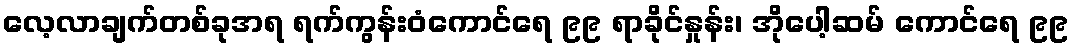
လေ့လာချက်တစ်ခုအရ ရက်ကွန်းဝံကောင်ရေ ၉၉ ရာခိုင်နှုန်း၊ အိုပေါ့ဆမ် ကောင်ရေ ၉၉